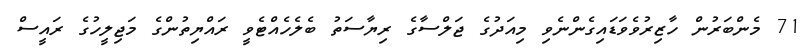
71 މެންބަރުން ހާޒިރުވެވަޑައިގެންނެވި މިއަދުގެ ޖަލްސާގެ ރިޔާސަތު ބެލެހެއްޓެވީ ރައްޔިތުންގެ މަޖިލީހުގެ ރައީސް